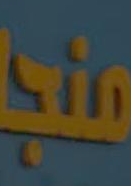
منجا